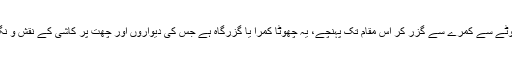
وہاں سے ایک چھوٹے سے کمرے سے گزر کر اس مقام تک پہنچے، یہ چھوٹا کمرا یا گزرگاہ ہے جس کی دیواروں اور چھت پر کاشی کے نقش و نگار بنے ہوئے ہیں۔